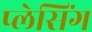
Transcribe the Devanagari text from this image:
प्लेसिंग